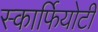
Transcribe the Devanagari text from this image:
स्कार्फियोटी